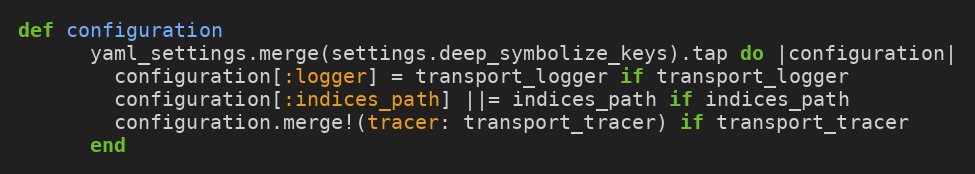
Language: Ruby
def configuration
      yaml_settings.merge(settings.deep_symbolize_keys).tap do |configuration|
        configuration[:logger] = transport_logger if transport_logger
        configuration[:indices_path] ||= indices_path if indices_path
        configuration.merge!(tracer: transport_tracer) if transport_tracer
      end